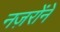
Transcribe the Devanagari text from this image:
नज़रोंने